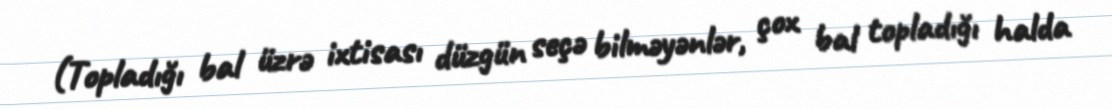
(Topladığı bal üzrə ixtisası düzgün seçə bilməyənlər, çox bal topladığı halda